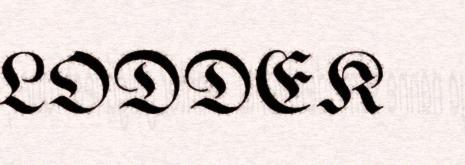
LODDEK